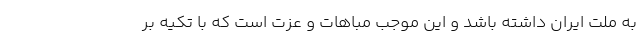
به ملت ایران داشته باشد و این موجب مباهات و عزت است که با تکیه بر